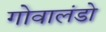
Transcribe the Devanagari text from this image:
गोवालंडो